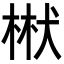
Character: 𭪝